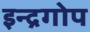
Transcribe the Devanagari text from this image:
इन्द्रगोप